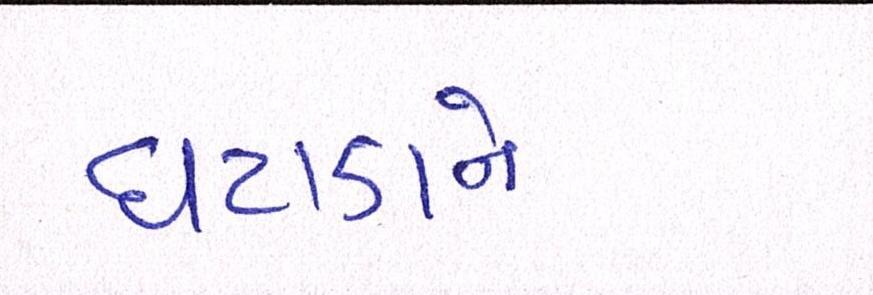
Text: ઘટાડાને